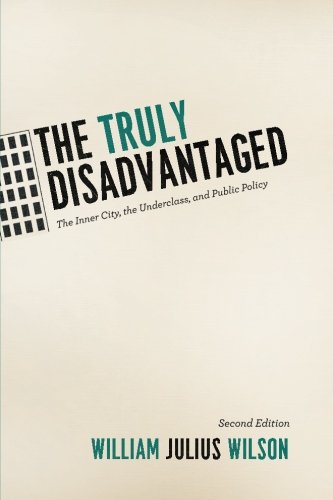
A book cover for The Truly Disadvantaged: The Inner City, the Underclass, and Public Policy, Second Edition; William Julius Wilson; Politics & Social Sciences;